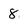
Character: 8